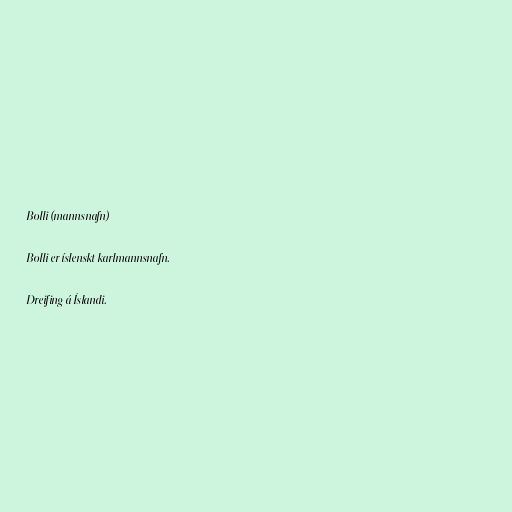
Bolli (mannsnafn)

Bolli er íslenskt karlmannsnafn.

Dreifing á Íslandi.